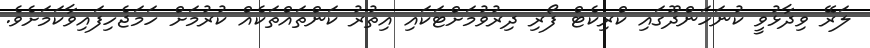
ލަރޭ ވިދާޅުވީ ކުނަހަންދޫގައި ކްރިކެޓް ފޯރި ދިރުވުމަށްޓަކައި އިތުރު ކަންތައްތަކެއް ކުރުމަށް ހަމަޖެހިފައިވާކަމަށެވެ.